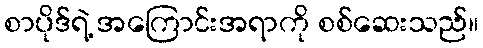
စာပိုဒ်ရဲ့ အကြောင်းအရာကို စစ်ဆေးသည်။